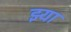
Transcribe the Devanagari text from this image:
झ्या